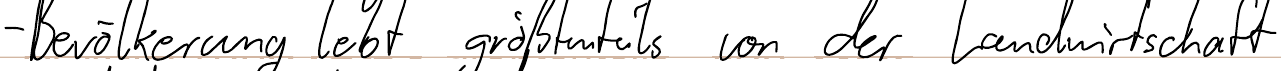
- Bevölkerung lebt größtenteils von der Landwirtschaft